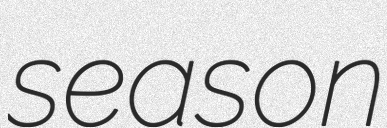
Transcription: season